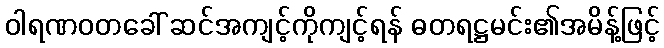
ဝါရဏဝတခေါ် ဆင်အကျင့်ကိုကျင့်ရန် ဓတရဋ္ဌမင်း၏အမိန့်ဖြင့်